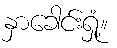
နှာခေါင်းရှုံ့။